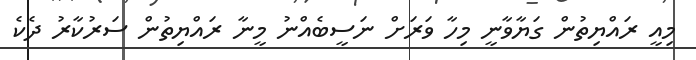
މިއީ ރައްޔިތުން ގަޔާވާނީ މިހާ ވަރަށް ނަސީބެއްނު މީނާ ރައްޔިތުން ސަރުކާރު ދެކެ